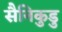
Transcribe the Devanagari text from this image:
सैनिकुडु